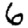
Digit: 6